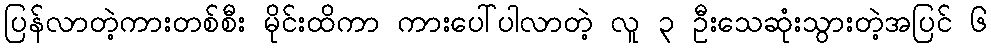
ပြန်လာတဲ့ကားတစ်စီး မိုင်းထိကာ ကားပေါ်ပါလာတဲ့ လူ ၃ ဦးသေဆုံးသွားတဲ့အပြင် ၆